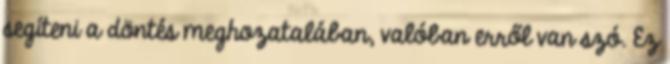
segíteni a döntés meghozatalában, valóban erről van szó. Ez